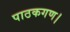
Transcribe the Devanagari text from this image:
पाठकगण।